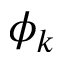
\phi _ { k }